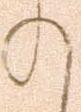
の